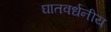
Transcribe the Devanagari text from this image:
घातवर्धनीय